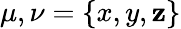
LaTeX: \mu,\nu=\{ x,y,\mathbf{z}\}